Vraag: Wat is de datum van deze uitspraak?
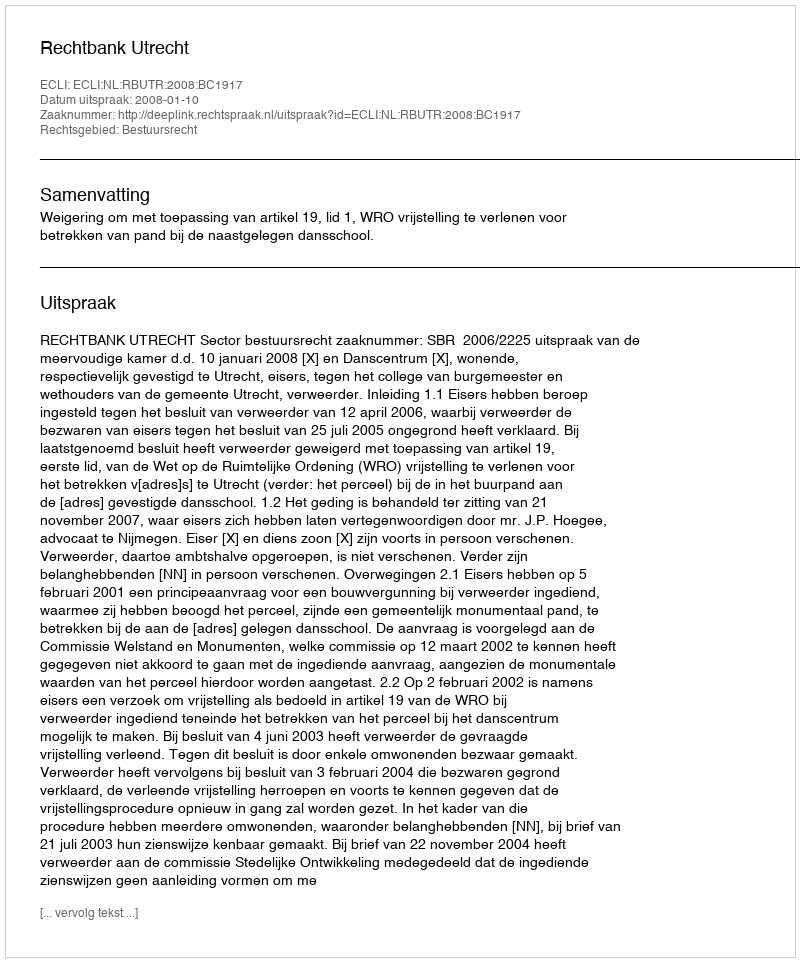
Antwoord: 2008-01-10